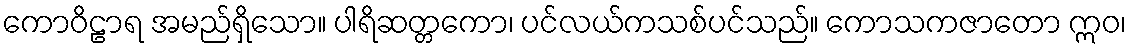
ကောဝိဠာရ အမည်ရှိသော။ ပါရိဆတ္တကော၊ ပင်လယ်ကသစ်ပင်သည်။ ကောသကဇာတော ဣဝ၊